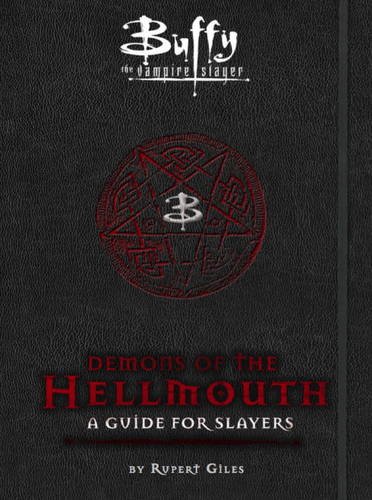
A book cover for Buffy: Demons of the Hellmouth (Buffy the Vampire Slayer); Nancy Holder; Humor & Entertainment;